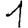
Digit: 1